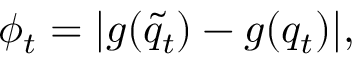
\phi _ { t } = | g ( \tilde { q } _ { t } ) - g ( q _ { t } ) | ,